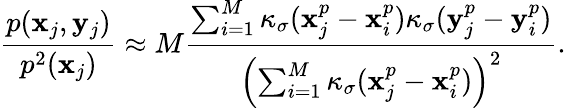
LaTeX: \frac{p(\mathbf{x}_{j},\mathbf{y}_{j})}{p^{2}(\mathbf{x}_{j})}\approx M\frac{\sum_{i=1}^{M}\kappa_{\sigma}(\mathbf{x}_{j}^{p}-\mathbf{x}_{i}^{p})\kappa_{\sigma}(\mathbf{y}_{j}^{p}-\mathbf{y}_{i}^{p})}{\left(\sum_{i=1}^{M}\kappa_{\sigma}(\mathbf{x}_{j}^{p}-\mathbf{x}_{i}^{p})\right)^{2}}.